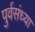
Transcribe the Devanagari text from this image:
पुर्वसंध्या